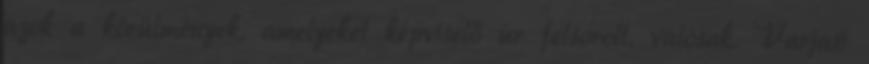
azok a körülmények, amelyeket képviselő úr felsorolt, valósak. Varjasi